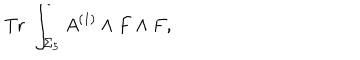
\mathrm { T r } \; \int _ { \Sigma _ { 5 } } A ^ { ( 1 ) } \wedge F \wedge F ,